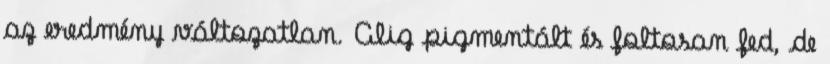
az eredmény változatlan. Alig pigmentált és foltosan fed, de